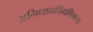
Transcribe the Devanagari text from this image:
अभिधानचिंमणिमाला